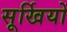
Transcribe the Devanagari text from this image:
सूर्खियों